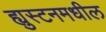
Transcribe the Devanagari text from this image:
ह्युस्टनमधील